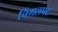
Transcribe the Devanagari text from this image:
चिंगलपट